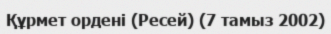
Құрмет ордені (Ресей) (7 тамыз 2002)